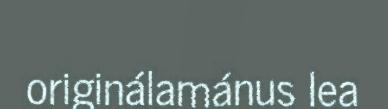
originálamánus lea